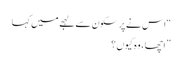
“اس نے پرسکون سے لہجے میں کہا
” اچھا ، وہ کیوں ؟